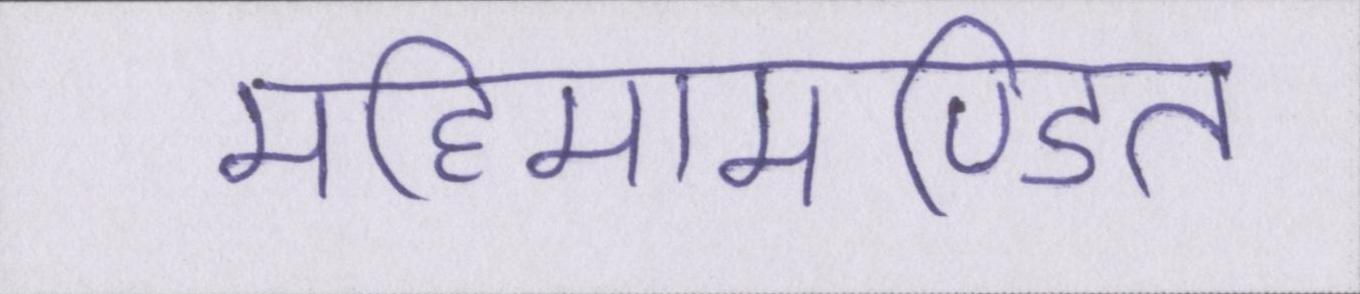
महिमामण्डित